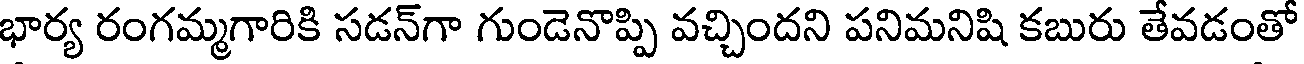
భార్య రంగమ్మగారికి సడన్గా గుండెనొప్పి వచ్చిందని పనిమనిషి కబురు తేవడంతో